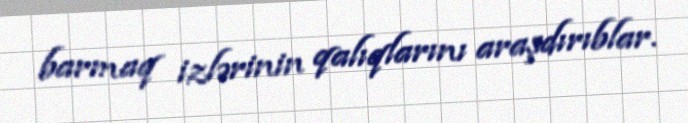
barmaq izlərinin qalıqlarını araşdırıblar.